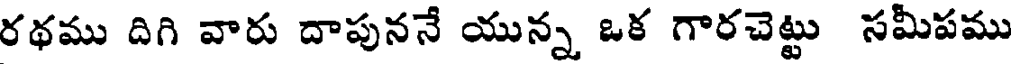
రథము దిగి వారు దాపుననే యున్న ఒక గారచెట్టు సమీపము